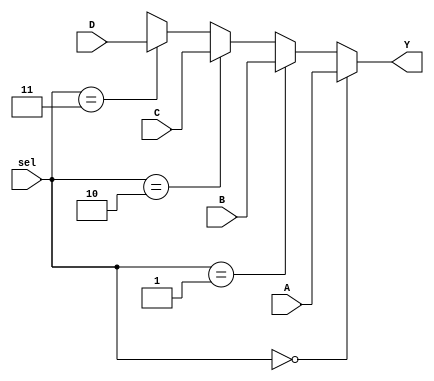
`timescale 1ns / 1ns

module Tutorial_Mux4_Alt(A, B, C, D, sel, Y);

input A, B, C, D;
input [1:0] sel;
output reg Y;

always @ (sel or A or B or C or D)
begin

	if (sel == 0)
		Y <= A;
	else
	begin
		if (sel == 1)
			Y <= B;
		else
		begin
			if (sel == 2)
				Y <= C;
			else
			begin
				if (sel == 3)
					Y <= D;
				else
					Y <= 1'bx;
			end
		end
	end
end

endmodule